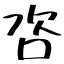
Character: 咨